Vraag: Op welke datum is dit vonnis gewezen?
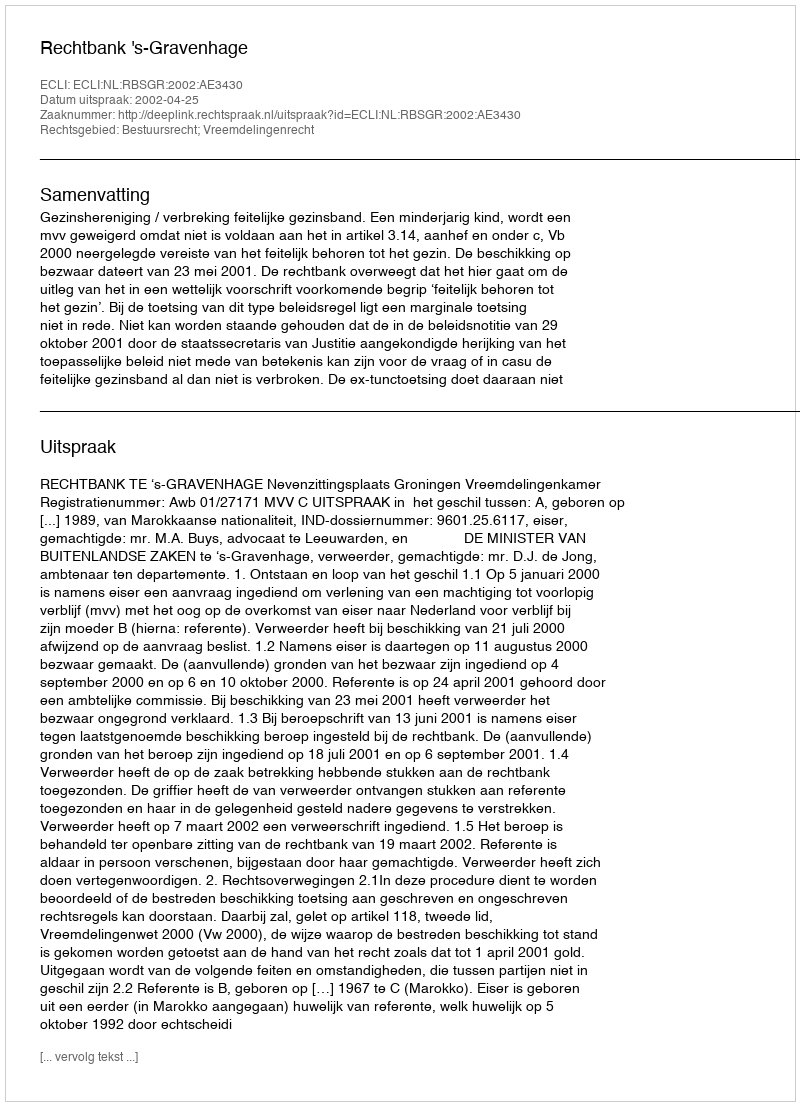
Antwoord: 2002-04-25